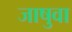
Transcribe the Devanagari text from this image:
जाषुवा